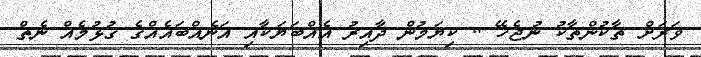
ވަރަށް ތާކުންތާކު ނުޖެހޭ .. ކިޔަމުން ދާއިރު އެއްބަޔަކާއި އަނެއްބައެއްގެ ގުޅުމެއް ނެތް